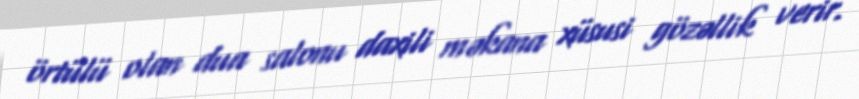
örtülü olan dua salonu daxili məkana xüsusi gözəllik verir.